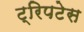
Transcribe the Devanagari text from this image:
ट्रिपटेस